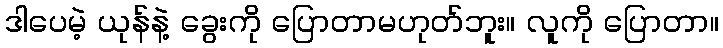
ဒါပေမဲ့ ယုန်နဲ့ ခွေးကို ပြောတာမဟုတ်ဘူး။ လူကို ပြောတာ။